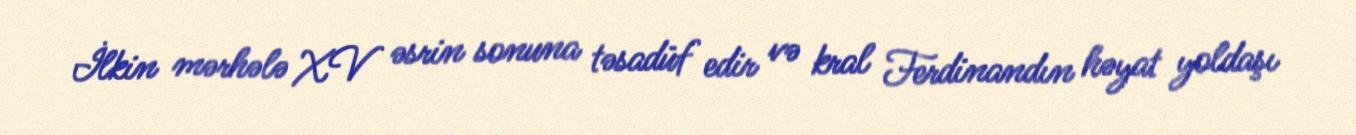
İlkin mərhələ XV əsrin sonuna təsadüf edir və kral Ferdinandın həyat yoldaşı